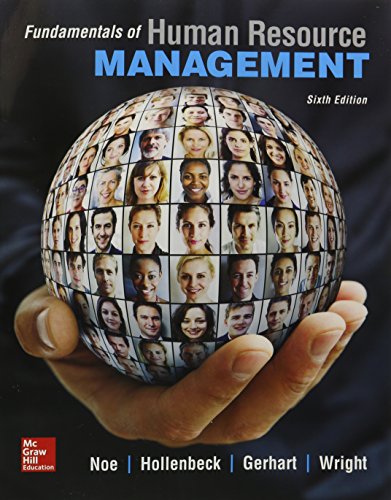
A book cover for Fundamentals of Human Resource Management; Raymond Noe; Business & Money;